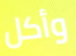
وأكل